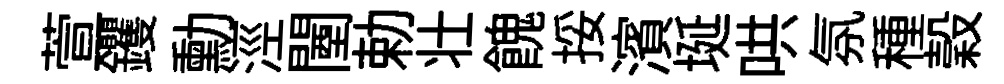
萱钁勳涇闉勅壮餽挼濱埏哄氛種穀